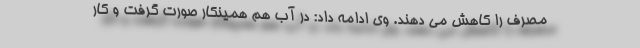
مصرف را کاهش می دهند. وی ادامه داد: در آب هم همینکار صورت گرفت و کار